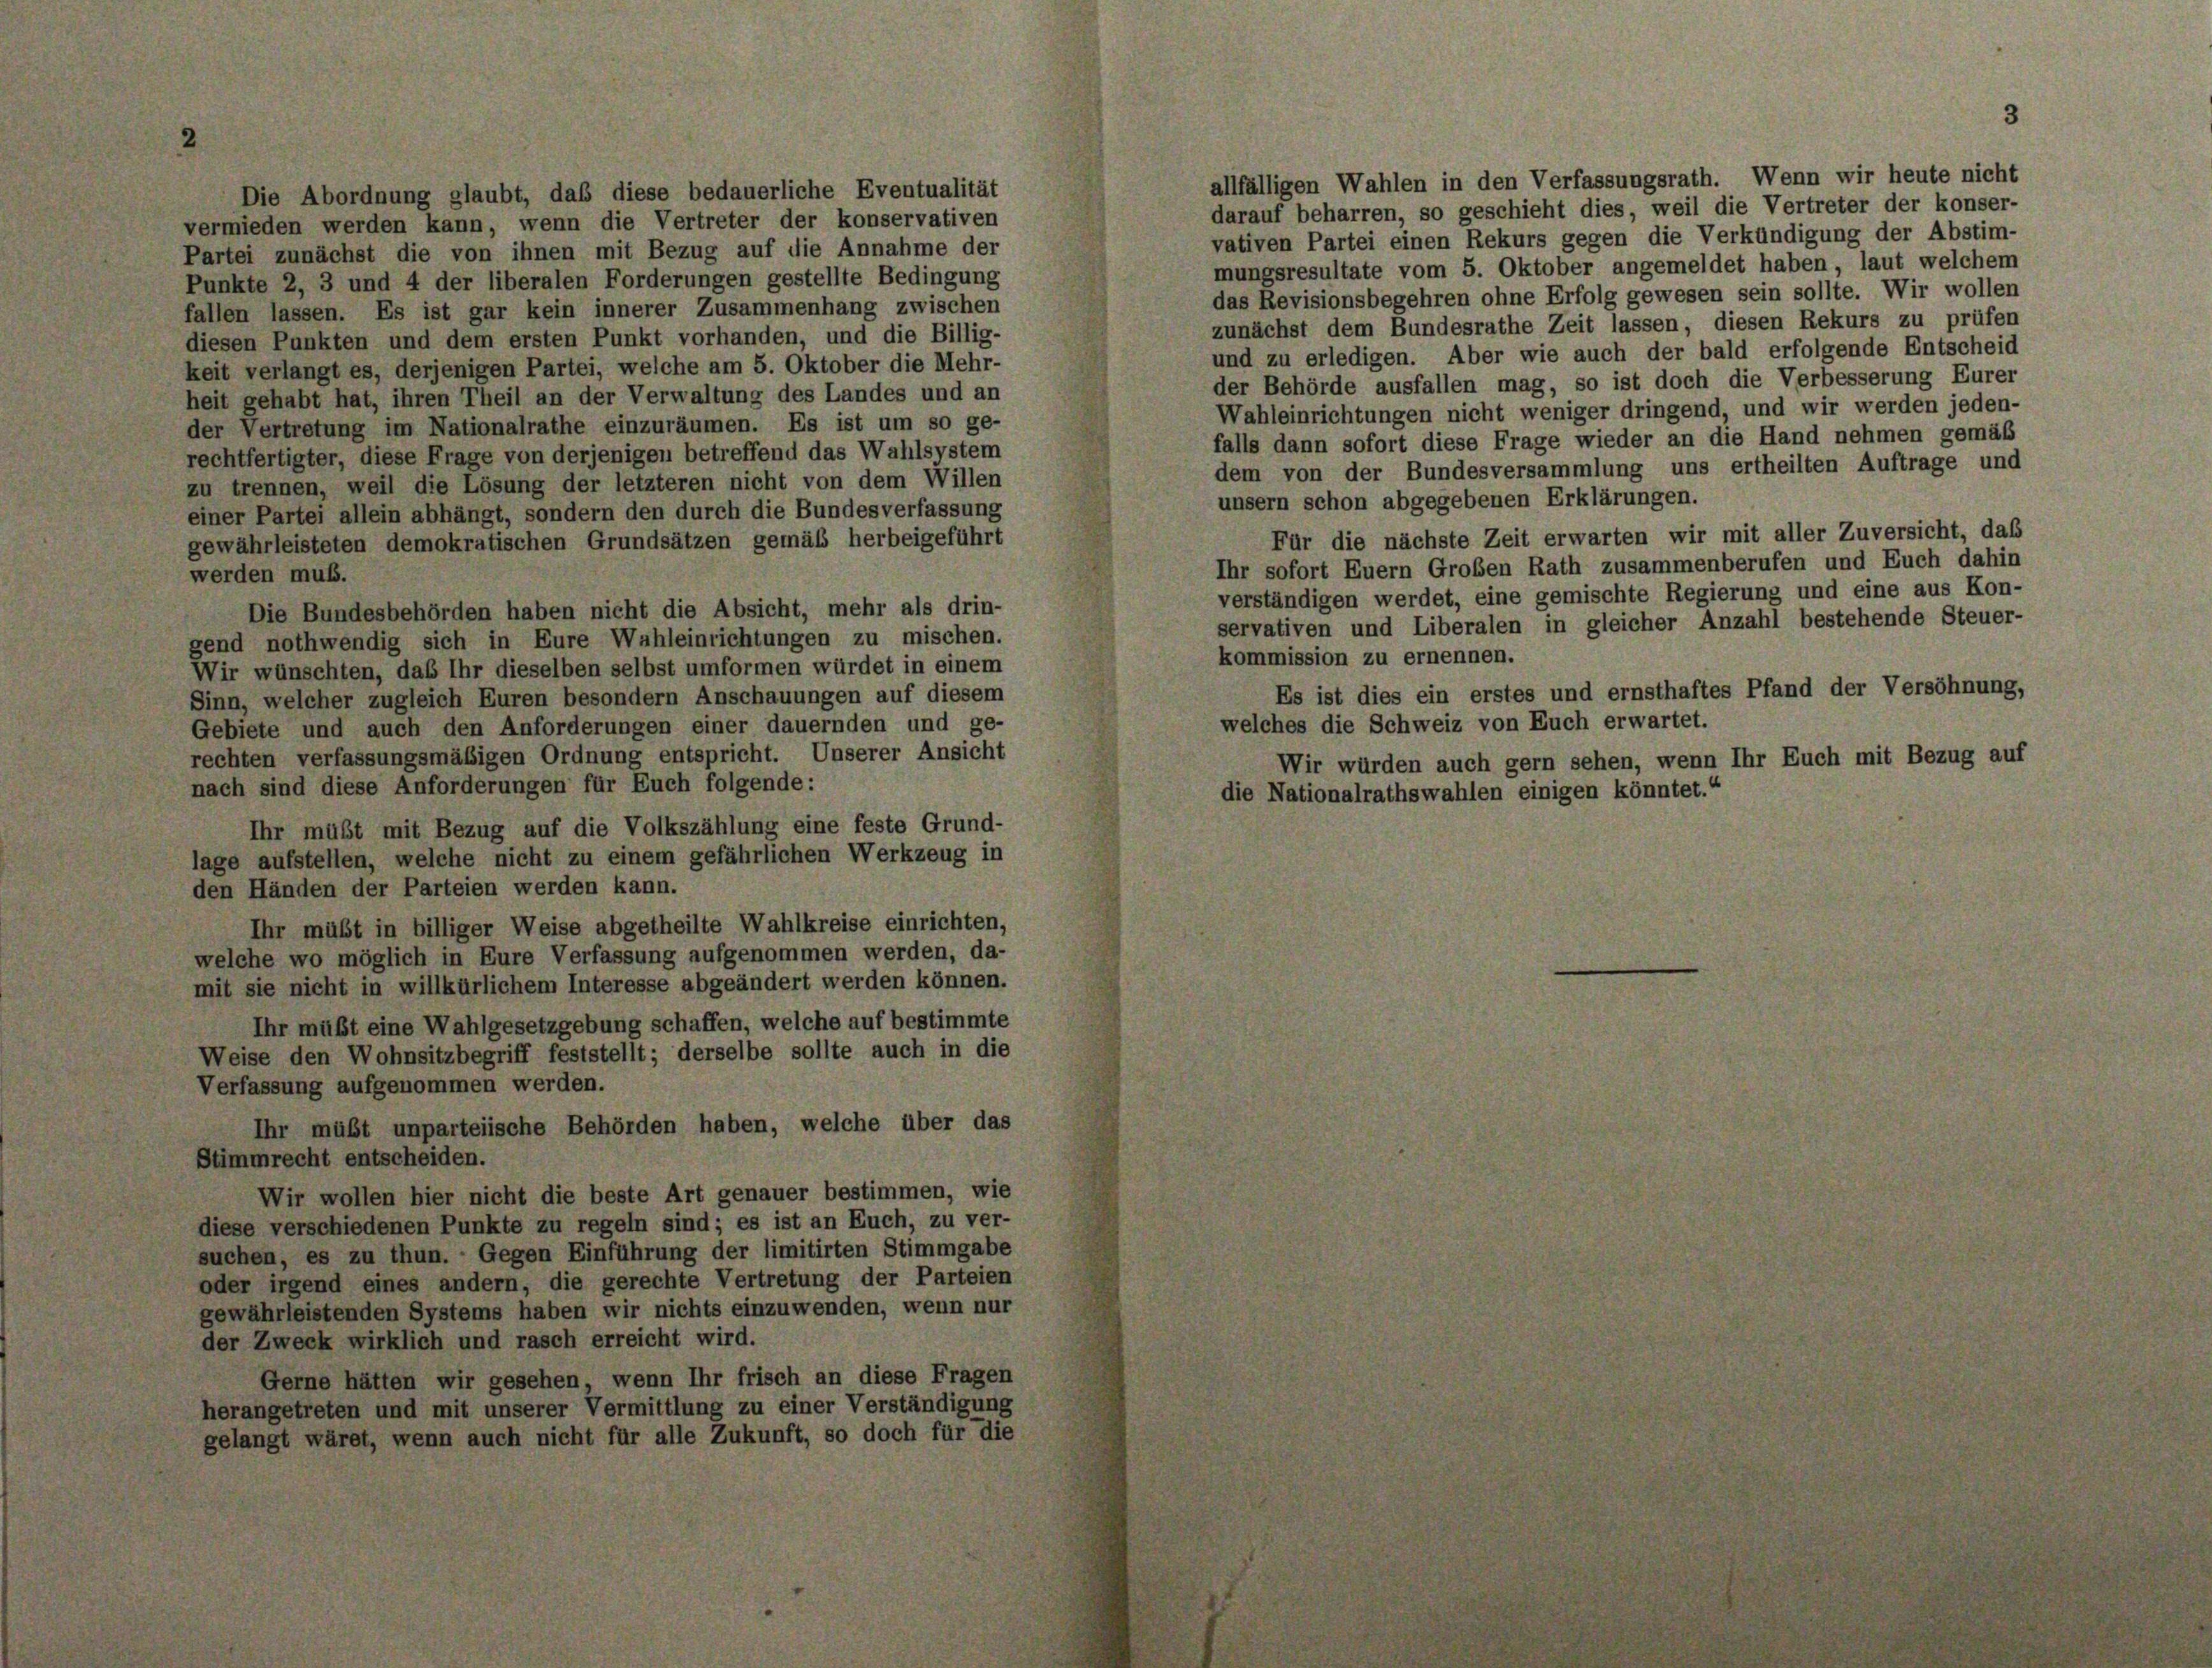
Die Abordnung glaubt, daß diese bedauerliche Eventualität

3

vermieden werden kann, wenn die Vertreter der konservativen
Partei zunächst die von ihnen mit Bezug auf die Annahme der
Punkte 2, 3 und 4 der liberalen Forderungen gestellte Bedingung
fallen lassen. Es ist gar kein innerer Zusammenhang zwischen
diesen Punkten und dem ersten Punkt vorhanden, und die Billig-
keit verlangt es, derjenigen Partei, welche am 5. Oktober die Mehr-
heit gehabt hat, ihren Theil an der Verwaltung des Landes und an
der Vertretung im Nationalrathe einzuräumen. Es ist um so ge-
rechtfertigter, diese Frage von derjenigen betreffend das Wahlsystem
zu trennen, weil die Lösung der letzteren nicht von dem Willen
einer Partei allein abhängt, sondern den durch die Bundesverfassung
gewährleisteten demokratischen Grundsätzen gemäß herbeigeführt
werden muß.
Die Bundesbehörden haben nicht die Absicht, mehr als drin-
gend nothwendig sich in Eure Wahleinrichtungen zu mischen.
Wir wünschten, daß Ihr dieselben selbst umformen würdet in einem
Sinn, welcher zugleich Euren besondern Anschauungen auf diesem
Gebiete und auch den Anforderungen einer dauernden und ge-
rechten verfassungsmäßigen Ordnung entspricht. Unserer Ansicht
nach sind diese Anforderungen für Euch folgende:
Ihr müßt mit Bezug auf die Volkszählung eine feste Grund-
lage aufstellen, welche nicht zu einem gefährlichen Werkzeug in
den Händen der Parteien werden kann.
Ihr müßt in billiger Weise abgetheilte Wahlkreise einrichten,
welche wo möglich in Eure Verfassung aufgenommen werden, da-
mit sie nicht in willkürlichem Interesse abgeändert werden können.
Ihr müßt eine Wahlgesetzgebung schaffen, welche auf bestimmte
Weise den Wohnsitzbegriff feststellt; derselbe sollte auch in die
Verfassung aufgenommen werden.
Ihr müßt unparteiische Behörden haben, welche über das
Stimmrecht entscheiden.
Wir wollen hier nicht die beste Art genauer bestimmen, wie
diese verschiedenen Punkte zu regeln sind; es ist an Euch, zu ver-
suchen, es zu thun. Gegen Einführung der limitirten Stimmgabe
oder irgend eines andern, die gerechte Vertretung der Parteien
gewährleistenden Systems haben wir nichts einzuwenden, wenn nur
der Zweck wirklich und rasch erreicht wird.
Gerne hätten wir gesehen, wenn Ihr frisch an diese Fragen
herangetreten und mit unserer Vermittlung zu einer Verständigung
gelangt wäret, wenn auch nicht für alle Zukunft, so doch für die

allfälligen Wahlen in den Verfassungsrath. Wenn wir heute nicht
darauf beharren, so geschieht dies, weil die Vertreter der konser-
vativen Partei einen Rekurs gegen die Verkündigung der Abstim-
mungsresultate vom 5. Oktober angemeldet haben, laut welchem
das Revisionsbegehren ohne Erfolg gewesen sein sollte. Wir wollen
zunächst dem Bundesrathe Zeit lassen, diesen Rekurs zu prüfen
und zu erledigen. Aber wie auch der bald erfolgende Entscheid
der Behörde ausfallen mag, so ist doch die Verbesserung Eurer
Wahleinrichtungen nicht weniger dringend, und wir werden jeden-
falls dann sofort diese Frage wieder an die Hand nehmen gemäß
dem von der Bundesversammlung uns ertheilten Auftrage und
unsern schon abgegebenen Erklärungen.
Für die nächste Zeit erwarten wir mit aller Zuversicht, daß
Ihr sofort Euern Großen Rath zusammenberufen und Euch dahin
verständigen werdet, eine gemischte Regierung und eine aus Kon-
servativen und Liberalen in gleicher Anzahl bestehende Steuer-
kommission zu ernennen.
Es ist dies ein erstes und ernsthaftes Pfand der Versöhnung,
welches die Schweiz von Euch erwartet.
Wir würden auch gern sehen, wenn Ihr Euch mit Bezug auf
die Nationalrathswahlen einigen könntet.“